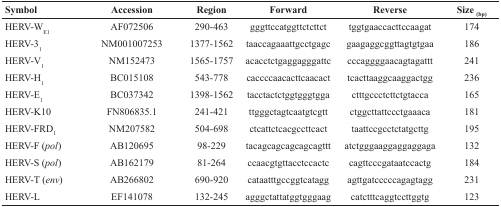
| Symbol | Accession | Region | Forward | Reverse | Size (bp) |
 | --- | --- | --- | --- | --- | --- |
 | HERV-WE1 | AF072506 | 290-463 | gggttccatggttctcttct | tggtgaaccacttccaagat | 174 |
 | HERV-31 | NM001007253 | 1377-1562 | taaccagaaattgcctgagc | gaagaggcggttagtgtgaa | 186 |
 | HERV-V1 | NM152473 | 1565-1757 | acacctctgaggagggattc | cccaggggaacagtagattt | 241 |
 | HERV-H1 | BC015108 | 543-778 | caccccaacacttcaacact | tcacttaaggcaaggactgg | 236 |
 | HERV-E1 | BC037342 | 1398-1562 | tacctactctggtgggtgga | ctttgccctcttctgtacca | 165 |
 | HERV-K10 | FN806835.1 | 241-421 | ttgggctagtcaatgtcgtt | ctggcttattccctgaaaca | 181 |
 | HERV-FRD1 | NM207582 | 504-698 | ctcattctcacgccttcact | taattccgcctctatgcttg | 195 |
 | HERV-F (pol) | AB120695 | 98-229 | tacagcagcagcagcagttt | atctgggaaggaggaggaga | 132 |
 | HERV-S (pol) | AB162179 | 81-264 | ccaacgtgttacctccactc | cagttcccgataatccactg | 184 |
 | HERV-T (env) | AB266802 | 690-920 | cataatttgccggtcatagg | agttgatcccccagagtagg | 231 |
 | HERV-L | EF141078 | 132-245 | agggctattatggtgggaag | catctttcaggtccttggtg | 123 |